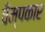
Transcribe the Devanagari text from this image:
चैम्पकार